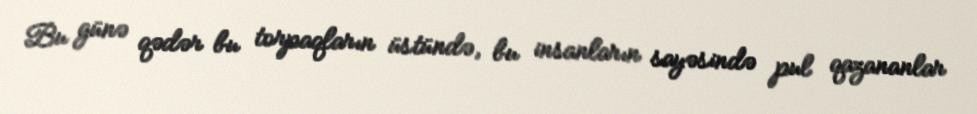
Bu günə qədər bu torpaqların üstündə, bu insanların sayəsində pul qazananlar